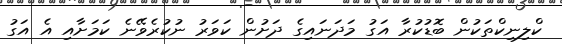
ކްލިނިކްތަކުން ބޮޑުކުރާ އަގު މަދަނައިގެ ދަށުން ކަވަރު ނުކުރެވޭނެ ކަމަށާއި އެ އަގު